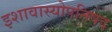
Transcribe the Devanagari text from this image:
इशावास्योपनिषद